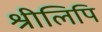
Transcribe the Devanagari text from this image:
श्रीलिपि